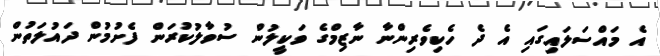
އެ މައްސަލައިގައި އެ ދެ ހެކިވެރިންނާ ނާޒިމްގެ ވަކީލުން ސުވާލުކުރަން ފެށުމުން ދައުލަތުން